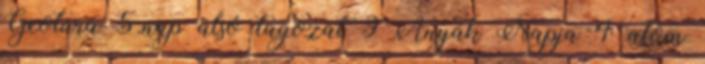
Geotúra 5.nap alsó tagozat 9 Anyák Napja 4 atom